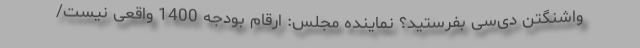
واشنگتن دی‌سی بفرستید؟ نماینده مجلس: ارقام بودجه 1400 واقعی نیست/